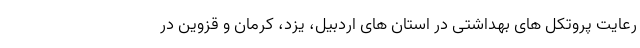
رعایت پروتکل های بهداشتی در استان های اردبیل، یزد، کرمان و قزوین در